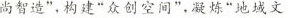
尚智造”，构建”众创空间”，凝炼”地域文